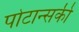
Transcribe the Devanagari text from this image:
पोटान्सकी